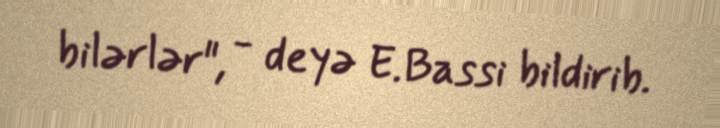
bilərlər", - deyə E.Bassi bildirib.